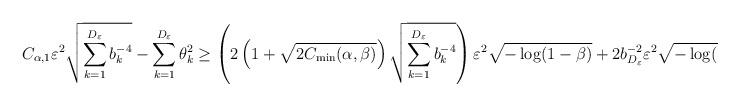
LaTeX: \begin{align*}C_{\alpha, 1} \varepsilon^2\sqrt{\sum_{k=1}^{D_\varepsilon} b_k^{-4}}-\sum_{k=1}^{D_\varepsilon} \theta_k^2\geq \left(2\left(1+\sqrt{2C_{\min}(\alpha,\beta)}\right)\sqrt{\sum_{k=1}^{D_\varepsilon}b_k^{-4}}\right) \varepsilon^2\sqrt{-\log(1-\beta)} + 2b_{D_{\varepsilon}}^{-2}\varepsilon^2 \sqrt{-\log(1-\beta)}.\end{align*}